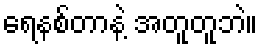
ရေနစ်တာနဲ့ အတူတူဘဲ။